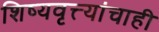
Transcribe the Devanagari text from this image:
शिष्यवृत्त्यांचाही